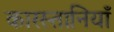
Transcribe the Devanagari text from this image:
कारस्तानियाँ